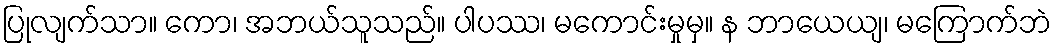
ပြုလျက်သာ။ ကော၊ အဘယ်သူသည်။ ပါပဿ၊ မကောင်းမှုမှ။ န ဘာယေယျ၊ မကြောက်ဘဲ